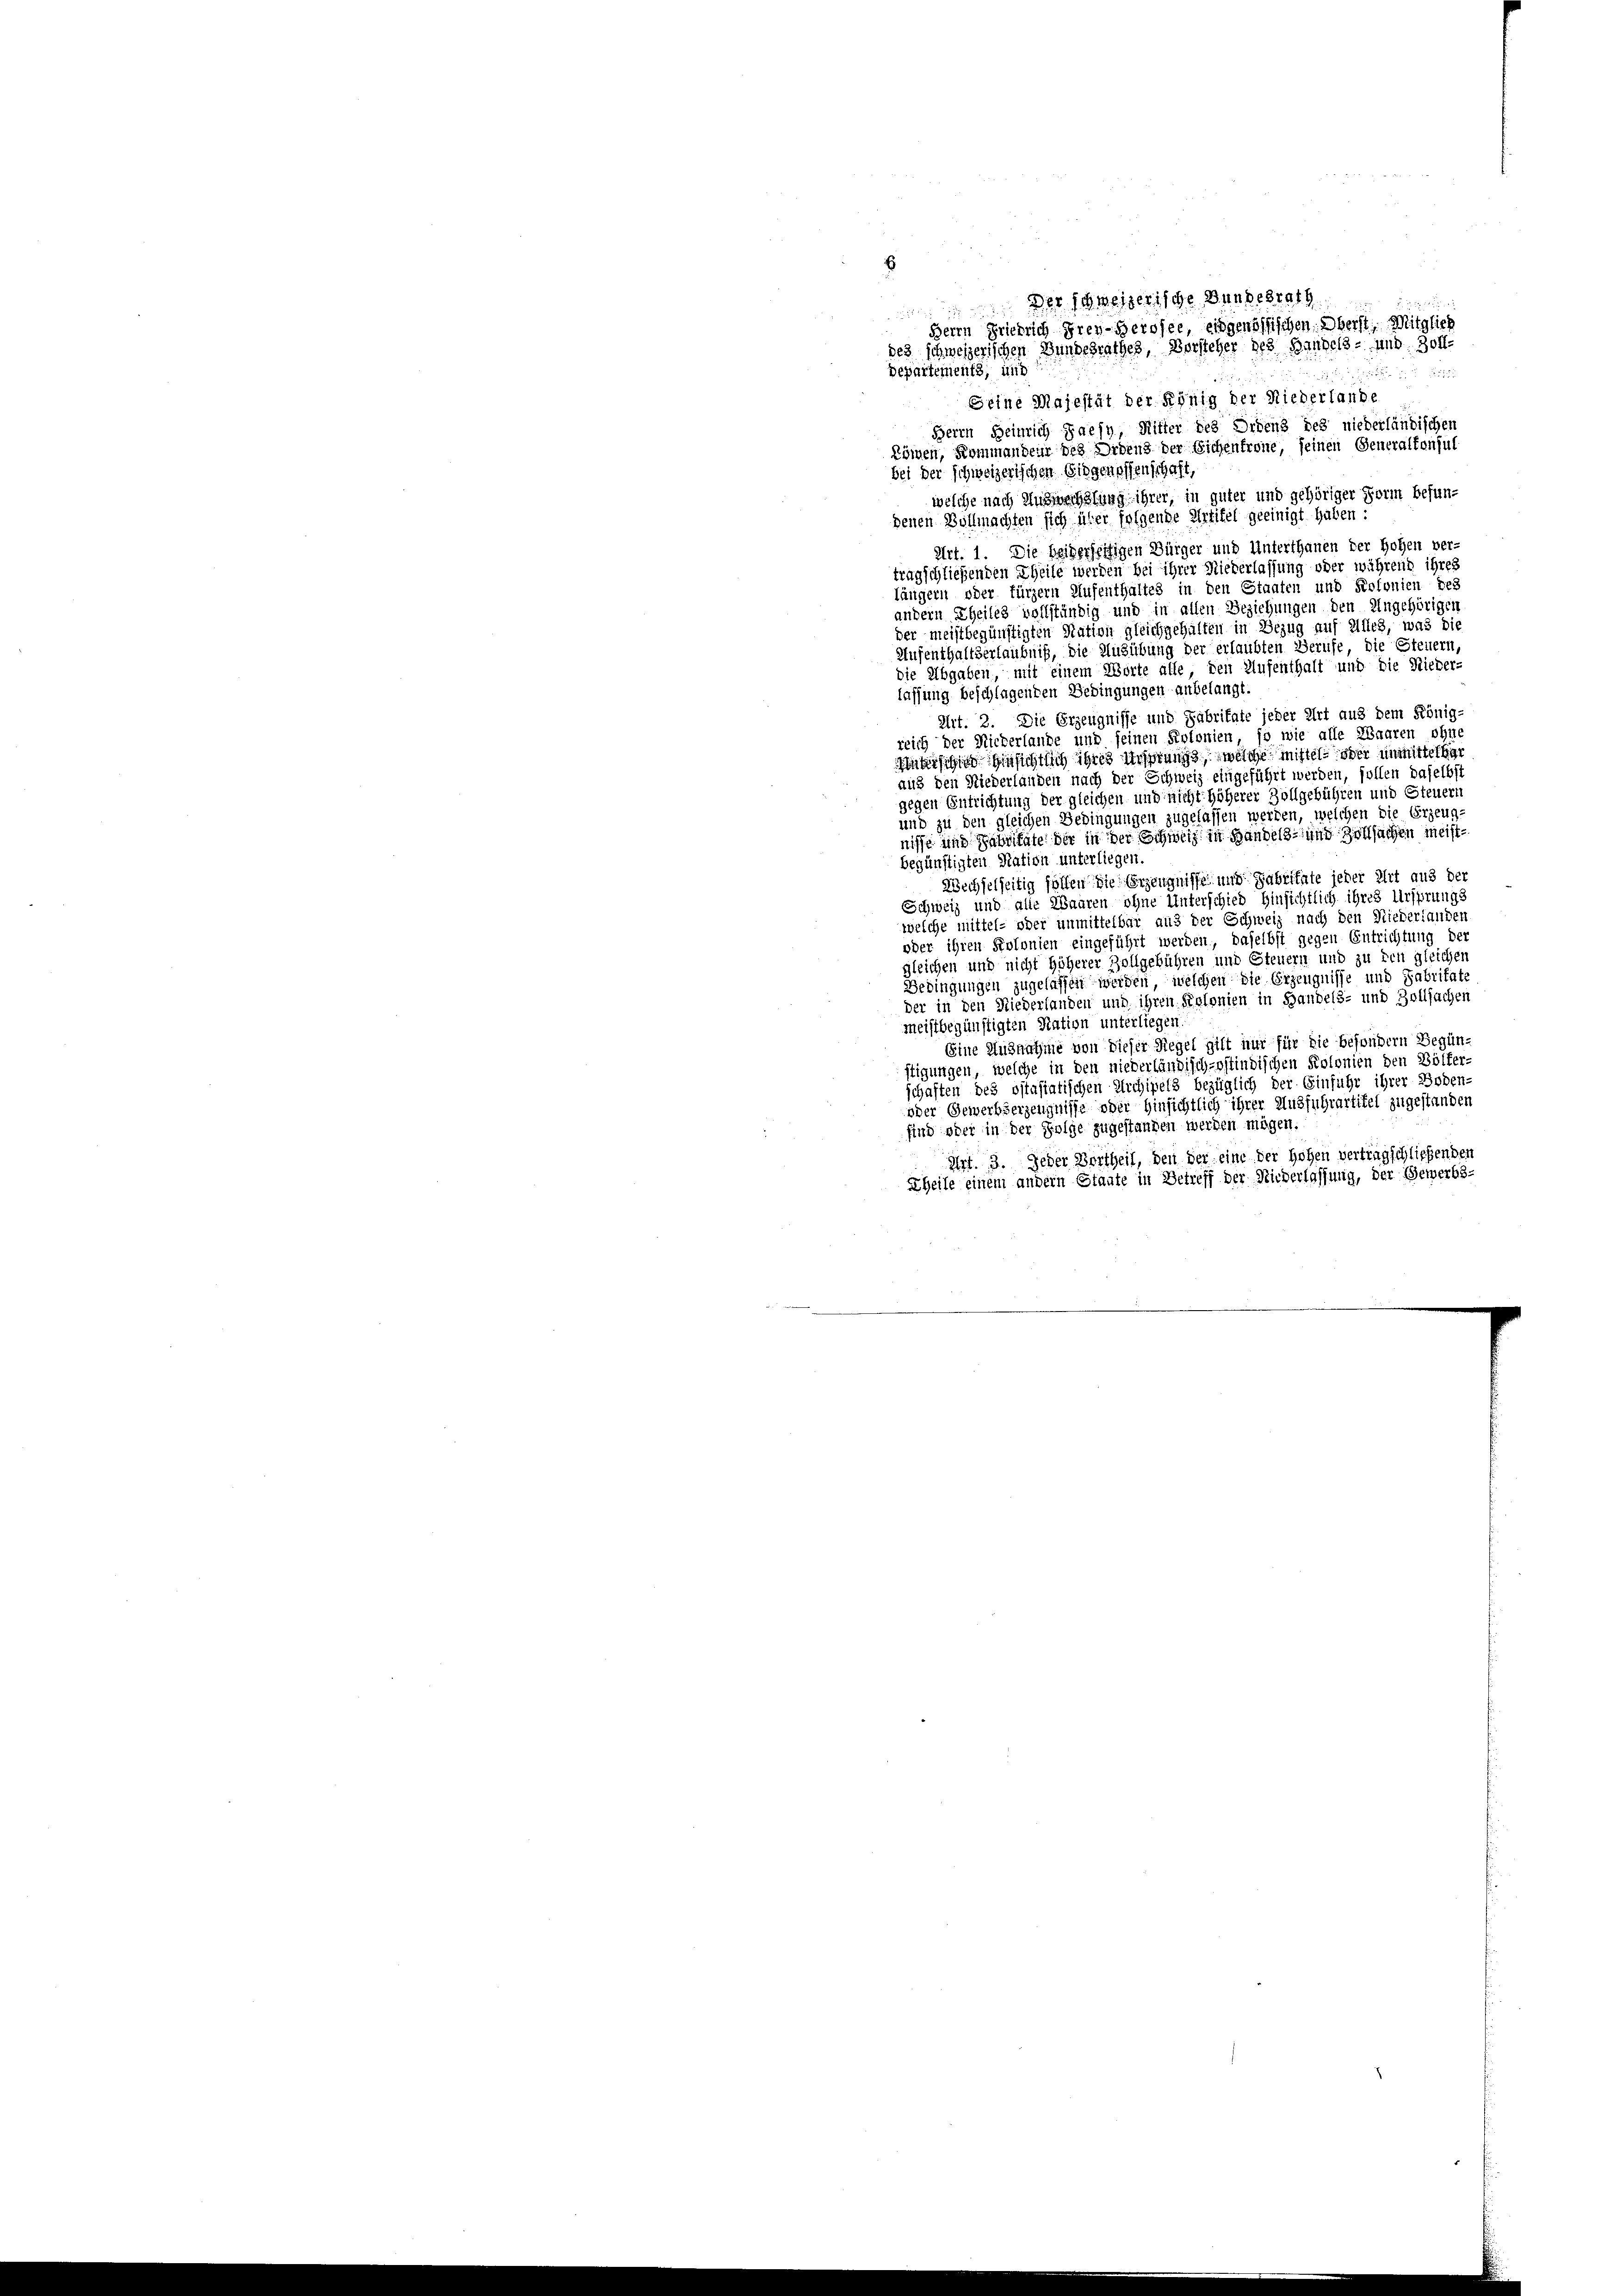
E
Der schweizerische Bundesrath
.

Herrn Friedrich Frey-Geroser, eingenössischen Oberst Mitglied
des schweizerischen Bundesrathes, Vorsteher des Handels- und Zoll¬
Departements, und
e
Seine Majestät der König der Niederlande
Herrn Heinrich Paesy, Ritter des Ordens des niederländischen
kömen, Kommandeur des Ordens der Sichenfrone, seinen Generalkonsul
bei der schweizerischen Eidgenossenschaft,
welche nach Auswechslung ihrer, in guter und gehöriger Form befundenen Vollmachten sich über folgende Artikel geeinigt haben :
Art. 1. Die beiderseitigen Bürger und Unterthanen der Hohen ver-
tragschließenden Theile werden bei ihrer Niederlassung oder während ihres
längern oder fürzern Aufenthaltes in den Staaten und Kolonien des
andern Theiles vollständig und in allen Beziehungen den Ungehörigen
der meistbegünstigten Nation gleichgehalten in Bezug auf Alles, was die
Aufenthaltserlaubniß, die Ausübung der erlaubten Berufe, die Steuern,
die Abgaben, mit einem Worte alle, den Aufenthalt und die Nieder-
lassung beschlagenden Bedingungen anbelangt.
Art. 2. Die Erzeugnisse und Fabritate jeder Art aus dem König-
reich der Nickerlande und seinen Polonien, so wie alle Waaren ohne
isis hinsichtlich ihres Ursprung, welche mittel oder unmittel g
aus den Niederlanden nach der Schweiz eingeführt werden, sollen daselbst
gegen Entrichtung der gleichen und nicht höherer Zollgebühren und Steuern
und zu den gleichen Bedingungen zugelassen werden, welchen die Erzeug-
nisse und Fabritate der in der Schweiz in Handels- und Zollsachen meistbegünstigten Nation unterliegen.
Wechselseitig sollen die Erzeugnisse und Gabritate jeder Art aus der
Schweiz und alle Waaren ohne Unterschied Hinsichtlich ihres Ursprungs
welche mittel- oder unmittelbar aus der Schweiz nach den Niederlanden
oder ihren Polonien eingeführt werden, daselbst gegen Entrichtung der
gleichen und nicht höherer Zollgebühren und Steuern und zu den gleichen
Bedingungen zugelassen werden, welchen die Erzeugnisse und Fabritate
der in den Niederhanden und ihren Kolonien in Handels- und Zollsachen
meistbegünstigten Nation unterliegen,
Eine Ausnahme von Dieser Riegel gilt nur für die besondern Begün-
stigungen, welche in den niederländisch-oftindischen Kolonien den Bölfer-
schaften des ostasiatischen Archipels bezüglich der Einfuhr ihrer Boden-
oder Gewerbserzeugnisse oder Hinsichtlich ihrer Ausfuhrartitel zugestanden
find oder in der Folge zugestanden werden mögen.
Art. 3. Jeder Vortheil, den der eine der Hohen vertragschliefender
Theile einem andern Staute in Betreff der Niederlassung, der Gewerbs-